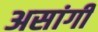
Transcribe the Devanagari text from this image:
असांगी